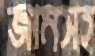
জামসহ